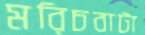
মরিচবাটা